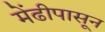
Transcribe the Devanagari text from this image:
मेंढीपासून